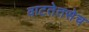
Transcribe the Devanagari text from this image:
वाटतेतसेच